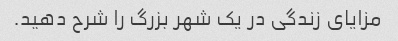
مزایای زندگی در یک شهر بزرگ را شرح دهید.